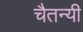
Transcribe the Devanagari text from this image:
चैतन्यी